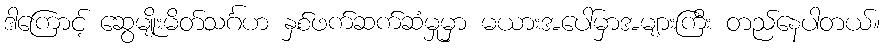
ဒါကြောင့် ဆွေမျိုးမိတ်သင်္ဂဟ နှစ်ဖက်ဆက်ဆံမှုမှာ မယားအပေါ်မှာအများကြီး တည်နေပါတယ်။